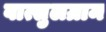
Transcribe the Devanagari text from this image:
वात्सुलग्राम